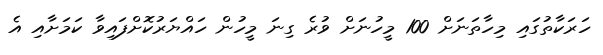
ހަރަކާތުގައި މިހާތަނަށް 100 މީހުނަށް ވުރެ ގިނަ މީހުން ހައްޔަރުކޮށްފައިވާ ކަމަށާއި އެ